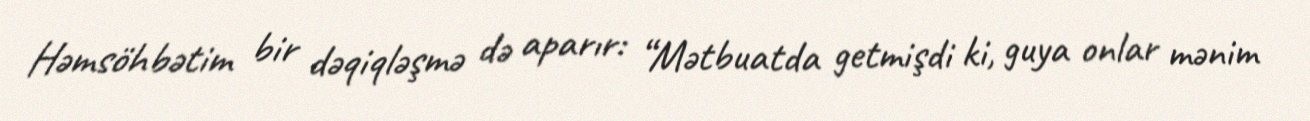
Həmsöhbətim bir dəqiqləşmə də aparır: “Mətbuatda getmişdi ki, guya onlar mənim